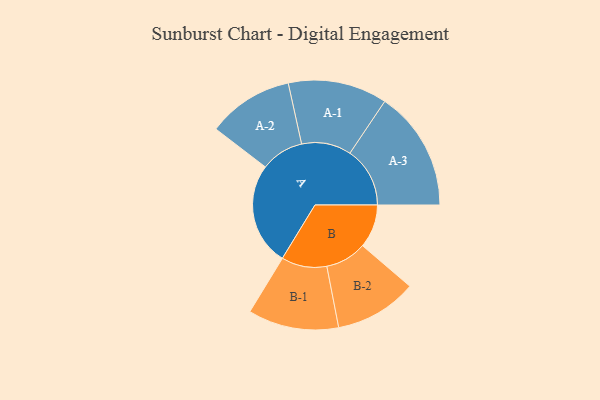
{"axis": {"x": "Segment", "y": "Value"}, "legend": ["", "A", "B"], "data": [{"x": "A", "y": 464, "type": ""}, {"x": "B", "y": 196, "type": ""}, {"x": "A-1", "y": 224, "type": "A"}, {"x": "A-2", "y": 194, "type": "A"}, {"x": "A-3", "y": 271, "type": "A"}, {"x": "B-1", "y": 205, "type": "B"}, {"x": "B-2", "y": 186, "type": "B"}]}